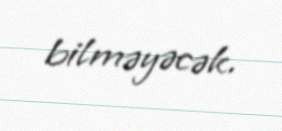
bilməyəcək.